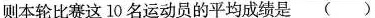
则本轮比赛这10名运动员的平均成绩是()